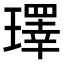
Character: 𪼢